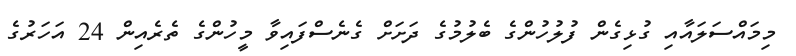
މިމައްސަލައާއި ގުޅިގެން ފުލުހުންގެ ބެލުމުގެ ދަށަށް ގެނެސްފައިވާ މީހުންގެ ތެރެއިން 24 އަހަރުގެ